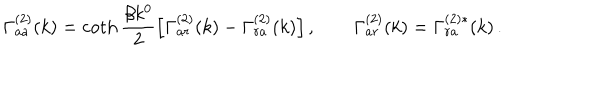
\Gamma _ { a a } ^ { ( 2 ) } ( k ) = \coth { \frac { \beta k ^ { 0 } } { 2 } } \Bigl [ \Gamma _ { a r } ^ { ( 2 ) } ( k ) - \Gamma _ { r a } ^ { ( 2 ) } ( k ) \Bigr ] \, , \qquad \Gamma _ { a r } ^ { ( 2 ) } ( k ) = \Gamma _ { r a } ^ { ( 2 ) * } ( k ) \, .